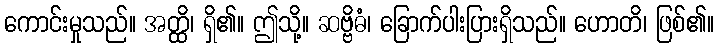
ကောင်းမှုသည်။ အတ္ထိ၊ ရှိ၏။ ဤသို့။ ဆဗ္ဗိဓံ၊ ခြောက်ပါးပြားရှိသည်။ ဟောတိ၊ ဖြစ်၏။